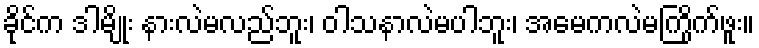
ခိုင်က ဒါမျိုး နားလဲမလည်ဘူး၊ ဝါသနာလဲမပါဘူး၊ အမေကလဲမကြိုက်ဖူး။